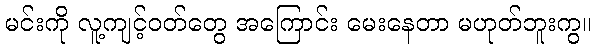
မင်းကို လူ့ကျင့်ဝတ်တွေ အကြောင်း မေးနေတာ မဟုတ်ဘူးကွ။